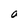
Character: O